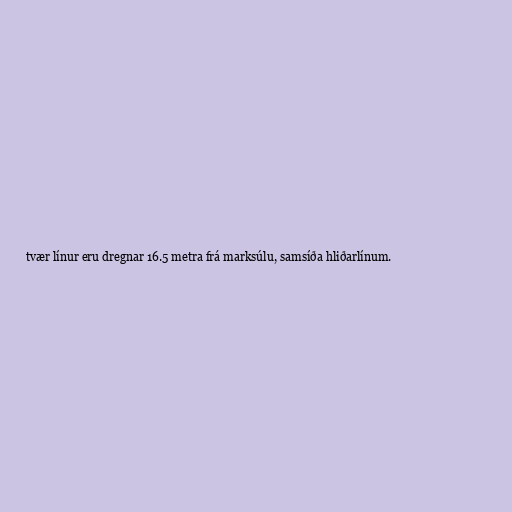
tvær línur eru dregnar 16.5 metra frá marksúlu, samsíða hliðarlínum.